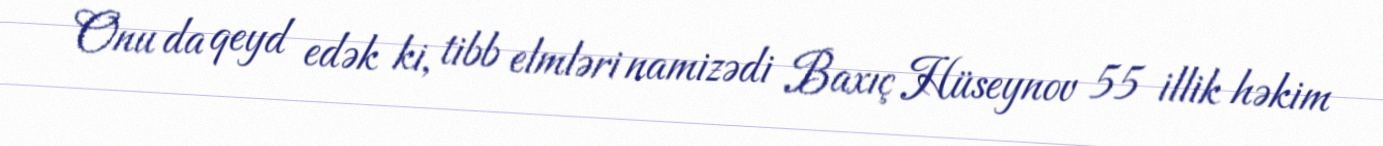
Onu da qeyd edək ki, tibb elmləri namizədi Baxıç Hüseynov 55 illik həkim